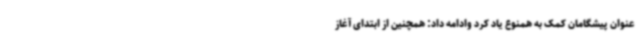
عنوان پیشگامان کمک به همنوع یاد کرد وادامه داد: همچنین از ابتدای آغاز